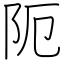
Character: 阨